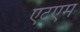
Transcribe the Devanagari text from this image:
एटएम